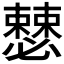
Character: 𰒝